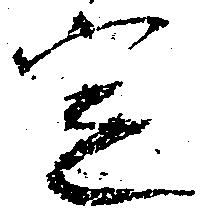
定